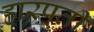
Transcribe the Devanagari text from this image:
हारपती